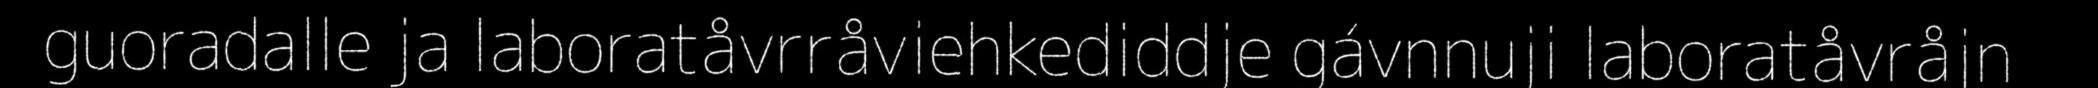
guoradalle ja laboratåvrråviehkediddje gávnnuji laboratåvråjn